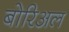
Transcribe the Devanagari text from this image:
बोरिअल